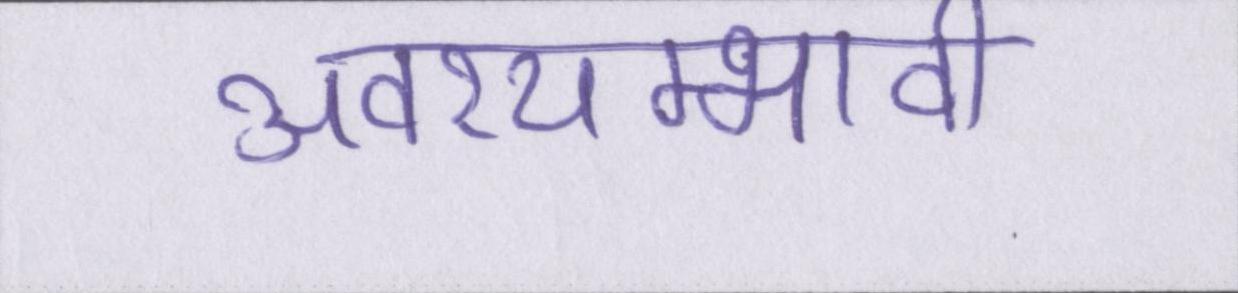
अवश्यम्भावी